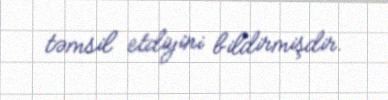
təmsil etdiyini bildirmişdir.